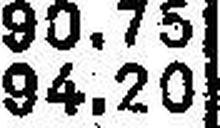
94.20